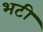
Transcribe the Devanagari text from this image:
भटी